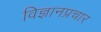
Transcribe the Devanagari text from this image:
विज्ञानप्रचार